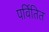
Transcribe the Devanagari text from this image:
पर्वितित